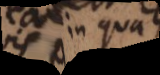
in qua